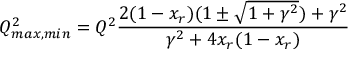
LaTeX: Q _ { m a x , m i n } ^ { 2 } = Q ^ { 2 } { \frac { 2 ( 1 - x _ { r } ) ( 1 \pm \sqrt { 1 + \gamma ^ { 2 } } ) + \gamma ^ { 2 } } { \gamma ^ { 2 } + 4 x _ { r } ( 1 - x _ { r } ) } }